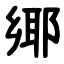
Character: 鄊